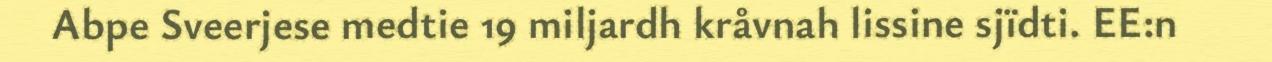
Abpe Sveerjese medtie 19 miljardh kråvnah lissine sjïdti. EE:n